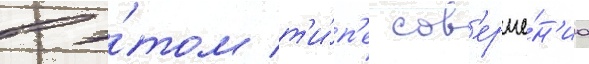
в э́том т'и́п'е сов'ерше́н'иа